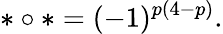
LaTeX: \ast\circ\ast=(-1)^{p(4-p)}.